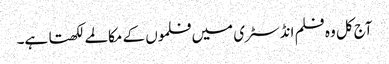
آج کل و ہ فلم انڈسٹری میں فلموں کے مکالمے لکھتا ہے۔